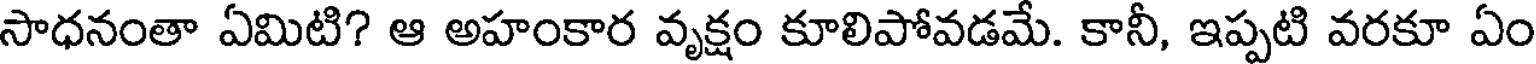
సాధనంతా ఏమిటి? ఆ అహంకార వృక్షం కూలిపోవడమే. కానీ, ఇప్పటి వరకూ ఏం